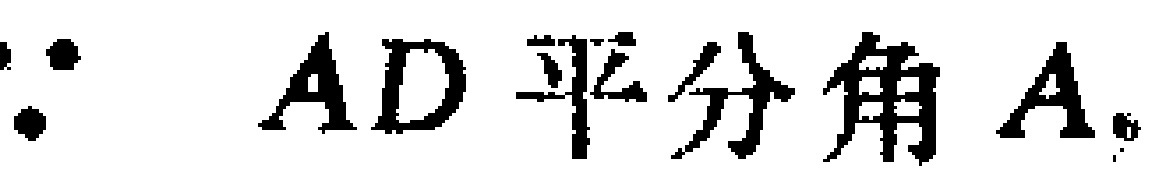
$\because AD\text{ 平分角}A.$